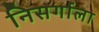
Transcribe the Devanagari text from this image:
निसर्गाला